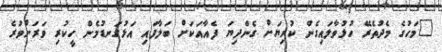
"މަހުގެ މެދުތެރޭ ހުޅުވާލައިގެން ކުރިޔަށް ގެންދިޔަ ފެއާއަކަށް ބަލާފައި އަޅުގަނޑުމެން ހީކުރި ވަރަށްވުރެ